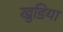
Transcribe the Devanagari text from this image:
खुडिया